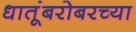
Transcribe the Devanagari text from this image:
धातूंबरोबरच्या